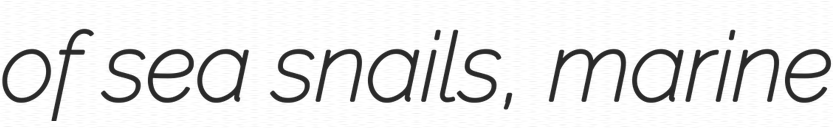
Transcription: of sea snails, marine